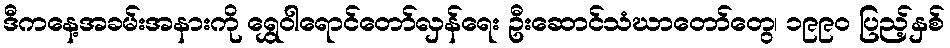
ဒီကနေ့အခမ်းအနားကို ရွှေဝါရောင်တော်လှန်ရေး ဦးဆောင်သံဃာတော်တွေ၊ ၁၉၉၀ ပြည့်နှစ်